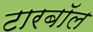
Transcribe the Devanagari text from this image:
टारबॉल